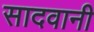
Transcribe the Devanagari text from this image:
सादवानी